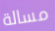
مسالة